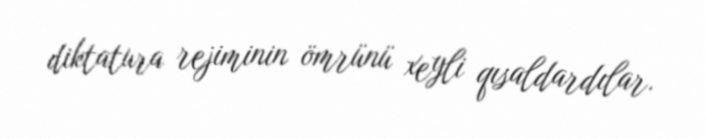
diktatura rejiminin ömrünü xeyli qısaldardılar.